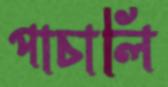
পাচালি